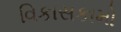
વિકાસકામો